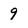
Character: 9